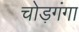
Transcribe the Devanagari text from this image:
चोड़गंगा